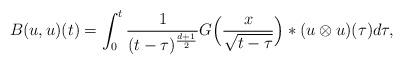
LaTeX: \begin{align*}B(u,u)(t) = \int_0^t \frac{1}{(t-\tau)^{\frac{d+1}{2}}} G\Big(\frac{x}{\sqrt{t-\tau}} \Big) * (u\otimes u )(\tau) d\tau,\end{align*}